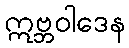
ဣဗ္ဘဝါဒေန